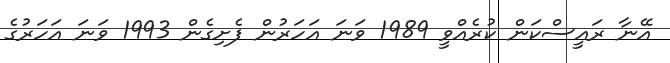
އޭނާ ރައީސްކަން ކުރެއްވީ 1989 ވަނަ އަހަރުން ފެށިގެން 1993 ވަނަ އަހަރުގެ